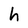
Character: h